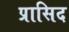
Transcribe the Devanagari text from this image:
प्रासिद